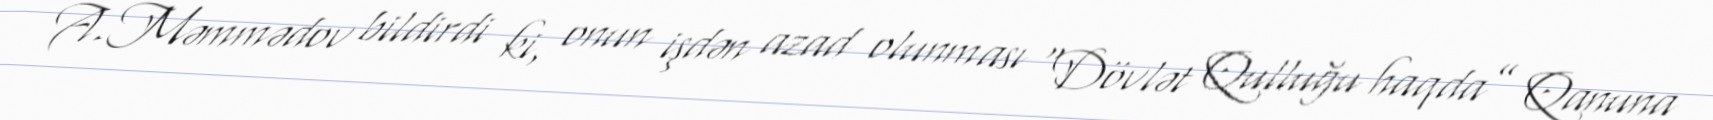
A.Məmmədov bildirdi ki, onun işdən azad olunması “Dövlət Qulluğu haqda” Qanuna